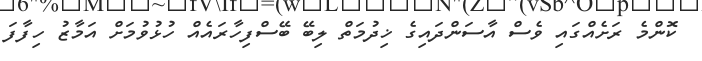
ކޮންމެ ރަށެއްގައި ވެސް އާސަންދައިގެ ޚިދުމަތް ލިބޭ ބޭސްފިހާރައެއް ހުޅުވުމަށް އަމާޒު ހިފާފަ